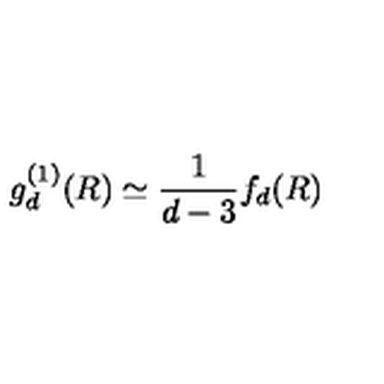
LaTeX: g _ { d } ^ { ( 1 ) } ( R ) \simeq \frac { 1 } { d - 3 } f _ { d } ( R )